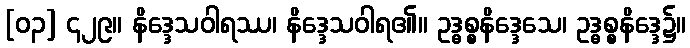
[၀၃] ၄၂၉။ နိဒ္ဒေသဝါရဿ၊ နိဒ္ဒေသဝါရ၏။ ဥဒ္ဓစ္စနိဒ္ဒေသေ၊ ဥဒ္ဓစ္စနိဒ္ဒေ၌။